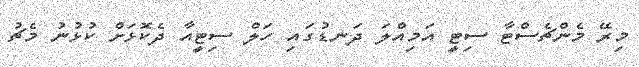
މިރޭ މެންޗެސްޓާ ސިޓީ އަމިއްލަ ދަނޑުގައި ހަލް ސިޓީއާ ދެކޮޅަށް ކުޅުނު މެޗު